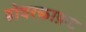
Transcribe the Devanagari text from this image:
होवरक्राफ़ट